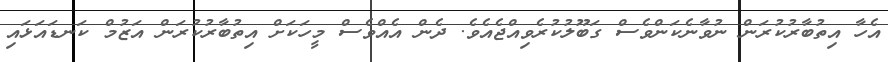
އެހާ އިތުބާރުކުރަން ނުވާނެކަންވެސް ގަބޫލުކުރެވިއްޖެއެވެ. ދެން އެއްވެސް މީހަކަށް އިތުބާރުކުރަން އަޒުމް ކަނޑައަޅައި